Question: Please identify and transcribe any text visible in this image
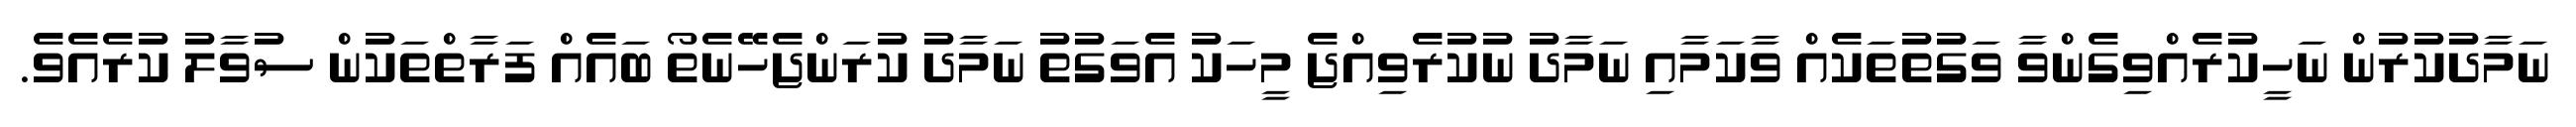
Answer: ނަމާދުކުރުން ނަހީކުރެއްވިގެންވާ ވަގުތުތަކެއް ވާކަމާއި ނަމާދު ނުކުރެވިއްޖެ މީހަކު އެވަގުތު ނަމާދު ކުރަންޖެހޭނެތޯ ބައެއް ފަރާތްތަކުން ސުވާލު ކުރެއެވެ.